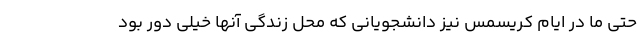
حتی ما در ایام کریسمس نیز دانشجویانی که محل زندگی آنها خیلی دور بود